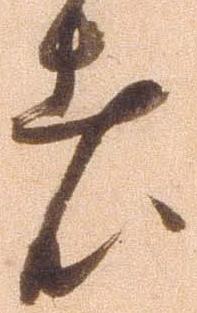
者